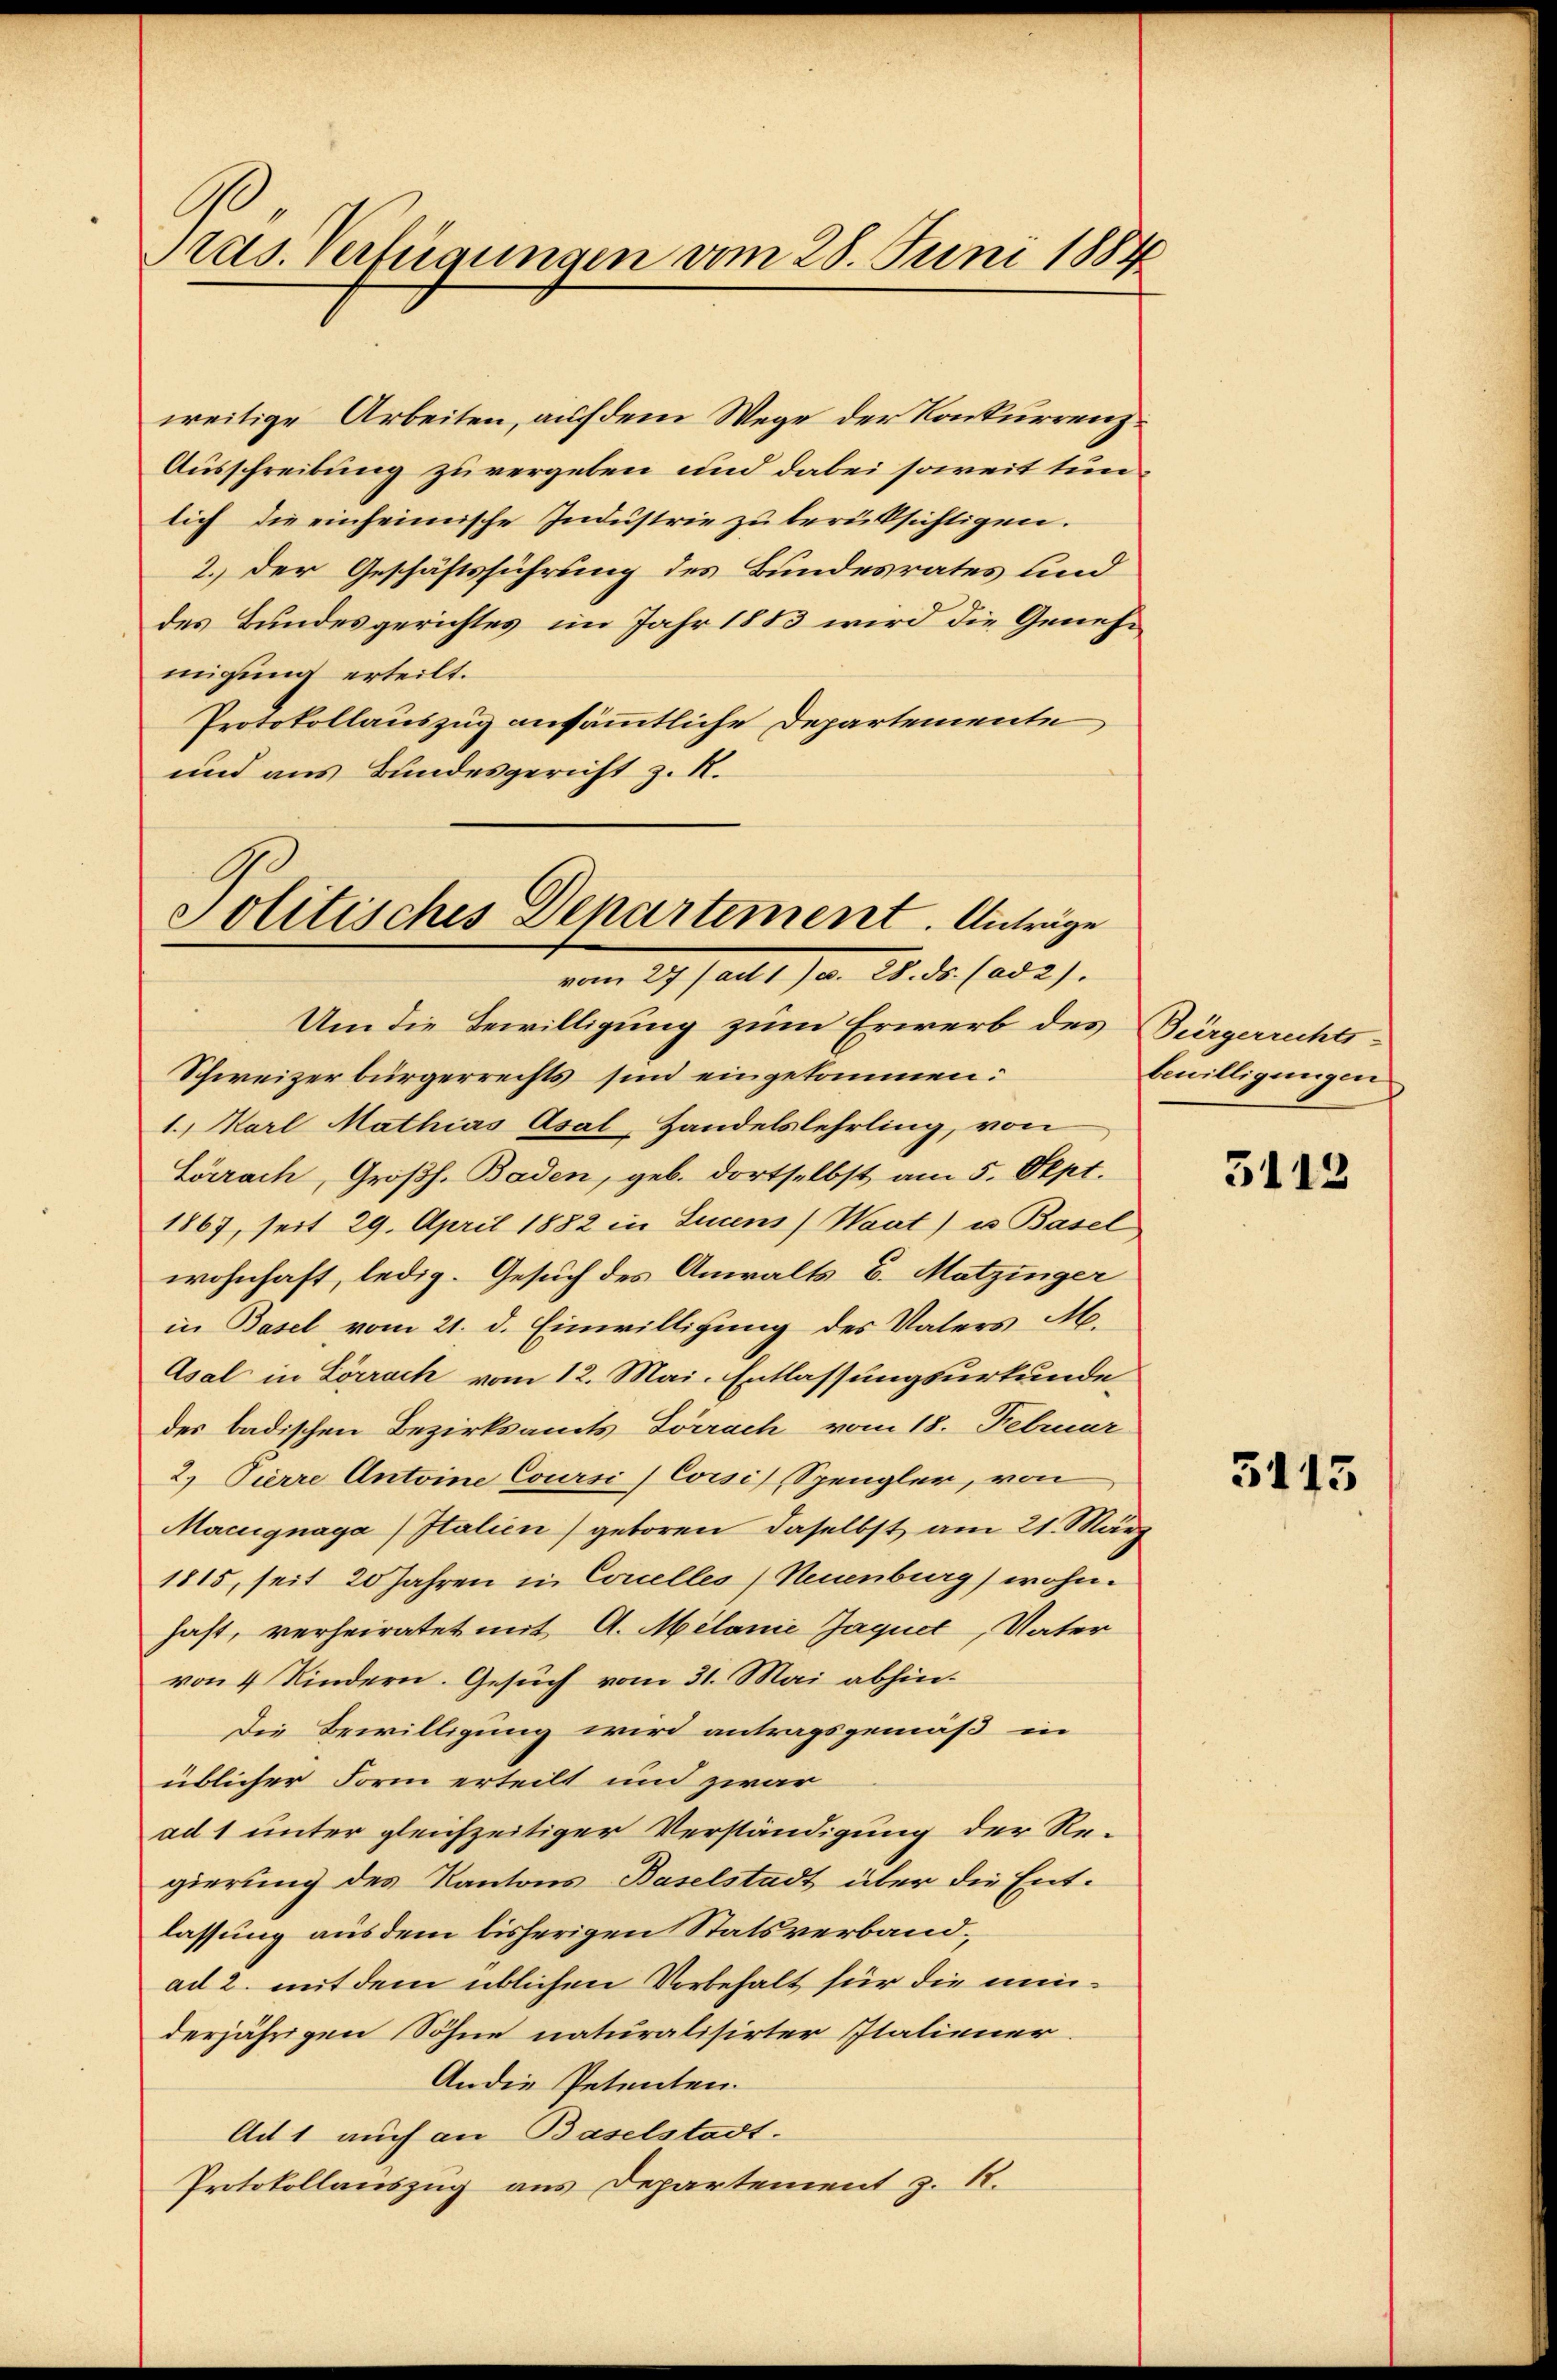
ras. Verfügungen vom 28. Juni 1884

weitige Arbeiten, auf dem Wege der Konkurrenz¬
Ausschreibung zu vergeben und dabei soweit tunlich die einheimische Industrie zu berüksichtigen.
2.) Der Geschäftsführung des Bundesrates und
des Bundesgerichtes im Jahr 1883 wird die Genehmigung erteilt.
Protokollauszug ausämmtliche Departemente
und aus Bundesgericht z. R.
Um die Bewilligung zum Erwerb des
Schweizerbürgerrechts sind eingekommen:
1. Karl Mathias Asal-Handelslehrling, von
Lörrach, Großh. Baden, geb. dortselbst am 5. Sept.
1867, seit 29. April 1882 in Lucens) Waat) u Basel
wohnhaft, ledig. Gesuch des Anwalts 6. Matzinger
in Basel vom 21. d. Einwilligung des Vaters M.
Asal in Lörrach vom 12. Mai. Entlassungsurkunde
des badischen Bezirksamts Lörrach vom 18. Februar
2.) Pierre Antoine Coursi) Corsi Spengler, von
Macignaga Italien) geboren daselbst am 21. März
1815, seit 20 Jahren in Concelles, Neuenburg) wohnhast, verheiratet mit A. Milanie Jaquet, Vater
von 4 Kindern. Gesuch vom 31. Mai abhin¬
Die Bewilligung wird antragsgemäß in
üblicher Form erteilt und zwar
ad 1 unter gleichzeitiger Verständigung der Re-
gierung des Kantons-Baselstadt über die Entlassung aus dem bisherigen Statsverbandad 2. mit dem üblichen Vorbehalt für die minderjährigen Söhne naturalisirter Italiener
An die Petenten.
Ad 1 auch an Baselstadt.
Protokollauszug aus Departement z. R.

Politisches Departement. Anträge
vom 27 (ad 1. 28. ds. (ad 2).

Bürgerrechts-
bewilligungen

5113

3115